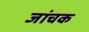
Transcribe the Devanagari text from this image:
जांचक